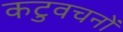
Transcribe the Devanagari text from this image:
कटुवचनों